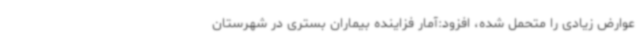
عوارض زیادی را متحمل شده، افزود:آمار فزاینده بیماران بستری در شهرستان